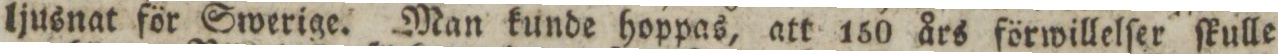
ljusnat för Swerige. Man kunde hoppas, att 150 års förwillelſer ſkulle